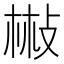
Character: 㪔